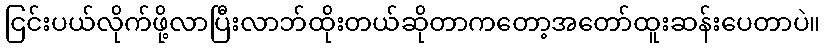
ငြင်းပယ်လိုက်ဖို့လာပြီးလာဘ်ထိုးတယ်ဆိုတာကတော့အတော်ထူးဆန်းပေတာပဲ။